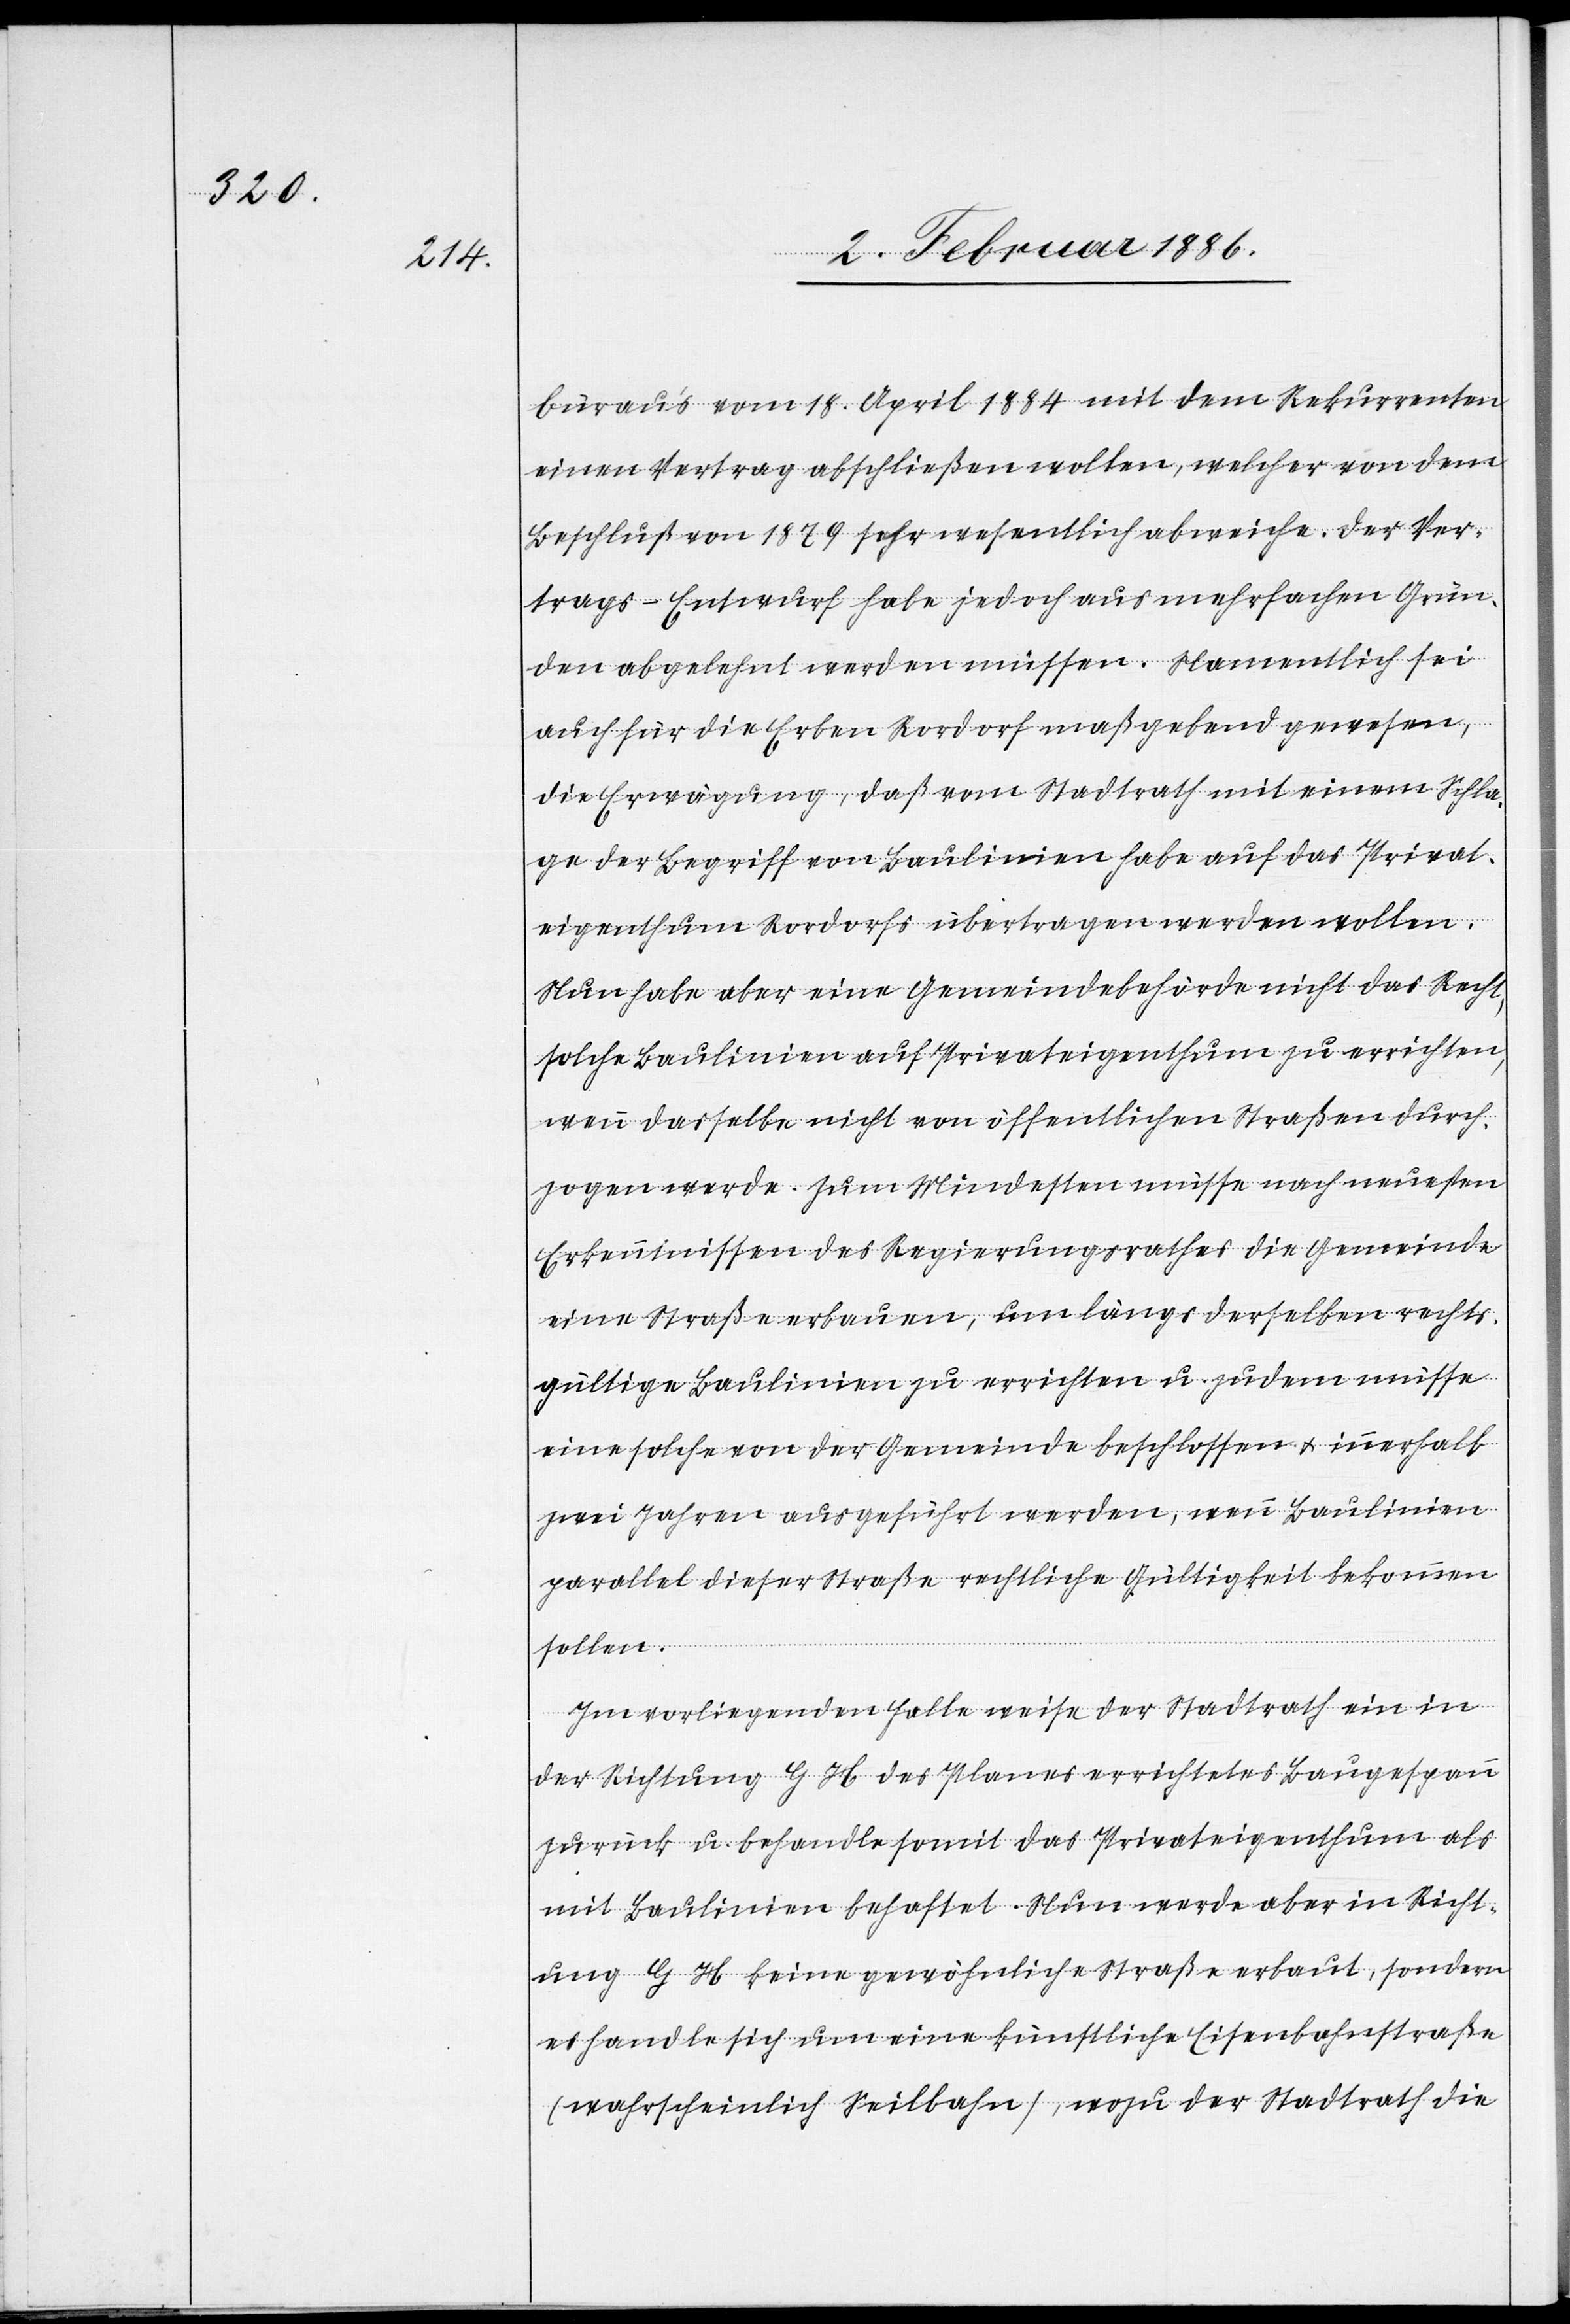
bureau’s vom 18. April 1884 mit dem Rekurrenten
einen Vertrag abschließen sollen, welcher von dem
Beschluß von 1879 sehr wesentlich abweiche. Der Ver¬
trags-Entwurf habe jedoch aus mehrfachen Grün¬
den abgelehnt werden müssen. Namentlich sei
auch für die Erben Rordorf maßgebend gewesen,
die Erwägung, daß vom Stadtrath mit einem Schla¬
ge der Begriff von Baulinien habe auf das Privat¬
eigenthum Rordorfs übertragen werden wollen.
Nun habe aber eine Gemeindebehörde nicht das Recht,
solche Baulinien auf Privateigenthum zu errichten,
wenn dasselbe nicht von öffentlichen Straßen durch¬
zogen werde. Zum Mindesten müsse nach neusten
Erkenntnissen des Regierungsrathes die Gemeinde
eine Straße erbauen, um längs derselben rechts¬
gültigen Baulinien zu errichten u. zudem müsse
eine solche von der Gemeinde beschlossen & innerhalb
zwei Jahren ausgeführt werden, wenn Baulinien
parallel dieser Straße rechtliche Gültigkeit bekommen
sollen.
Im vorliegenden Falle weise der Stadtrath ein in
der Richtung G H des Planes errichtetes Baugespann
zurück u. behandle somit das Privateigenthum als
mit Baulinien behaftet. Nun werde aber in Richt¬
ung G H keine gewöhnliche Straße erbaut, sondern
es handle sich um eine künstliche Eisenbahnstraße
(wahrscheinlich Seilbahn), wozu der Stadtrath die